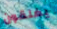
يغلقون